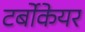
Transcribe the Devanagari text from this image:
टर्बोकेयर